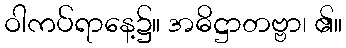
ဝါကပ်ရာနေ့၌။ အဓိဋ္ဌာတဗ္ဗာ၊ ၏။